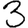
Digit: 3